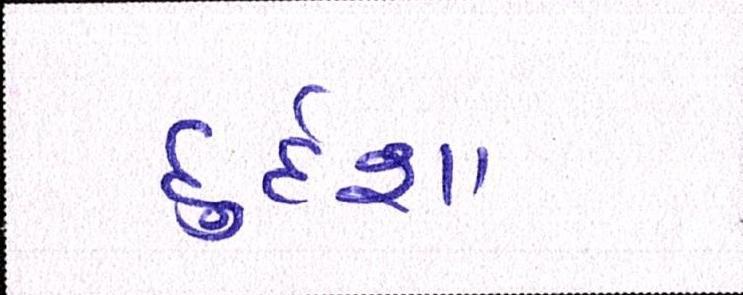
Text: દુર્દશા